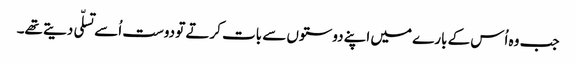
جب وہ اُس کے بارے میں اپنے دوستوں سے بات کرتے تو دوست اُسے تسلّی دیتے تھے۔